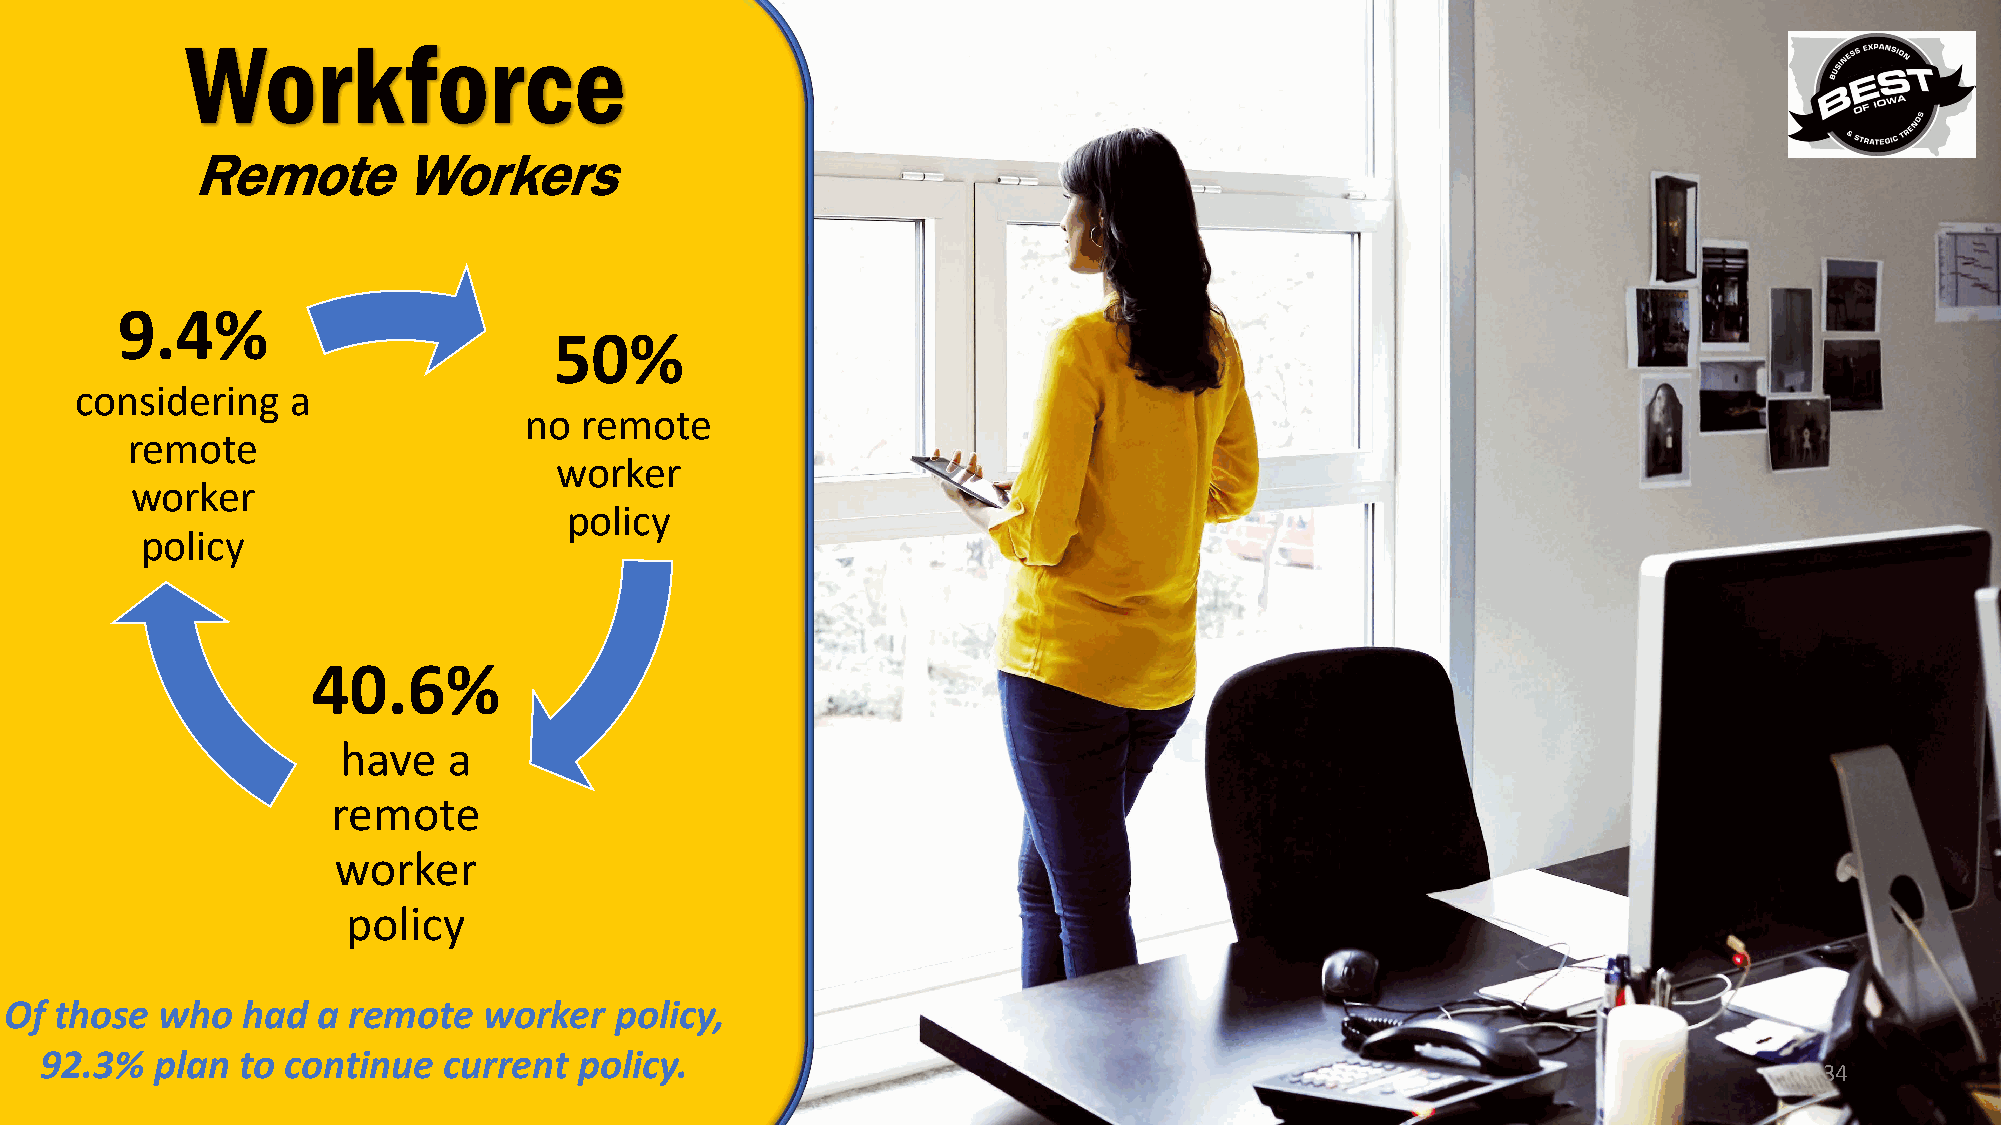
Workforce
 Remote       Workers
 9.4%
 50%
 considering   a
 no remote
 remote
 worker
 worker
 policy
 policy
 40.6%
 have    a
 remote
 worker
 policy
 Of  those who   had  a remote   worker   policy,
 92.3%  plan  to continue  current  policy.
 34